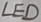
Text: LED